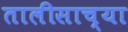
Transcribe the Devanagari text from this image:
तालीसाच्या